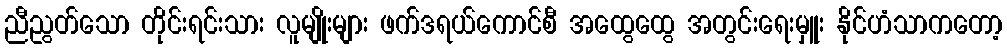
ညီညွတ်သော တိုင်းရင်းသား လူမျိုးများ ဖက်ဒရယ်ကောင်စီ အထွေထွေ အတွင်းရေးမှူး နိုင်ဟံသာကတော့